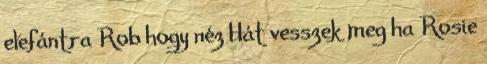
elefántra Rob hogy néz Hát vesszek meg ha Rosie